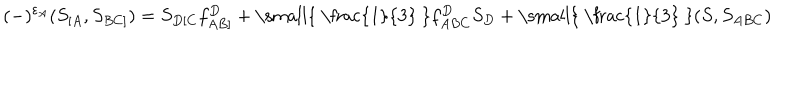
LaTeX: ( - ) ^ { \varepsilon _ { A } } ( S _ { [ A } , S _ { B C ] } ) = S _ { D [ C } f _ { A B ] } ^ { D } + \mathrm { \small { ~ \frac { 1 } { 3 } ~ } } f _ { A B C } ^ { D } S _ { D } + \mathrm { \small { ~ \frac { 1 } { 3 } ~ } } ( S , S _ { A B C } )